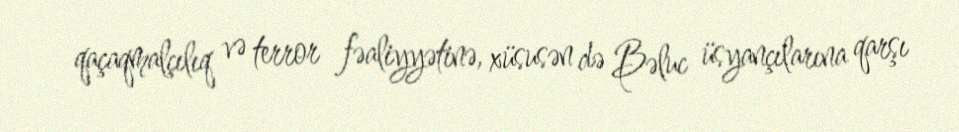
qaçaqmalçılıq və terror fəaliyyətinə, xüsusən də Bəluc üsyançılarına qarşı